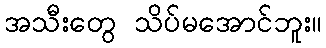
အသီးတွေ သိပ်မအောင်ဘူး။